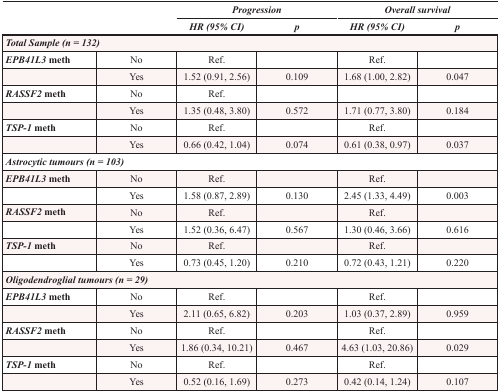
<table><thead><tr><td rowspan="2" colspan="2"></td><td colspan="2"><b><i>Progression</i></b></td><td colspan="2"><b><i>Overall survival</i></b></td></tr><tr><td><b><i>HR (95% CI)</i></b></td><td><b><i>p</i></b></td><td><b><i>HR (95% CI)</i></b></td><td><b><i>p</i></b></td></tr></thead><tbody><tr><td colspan="6"><b><i>Total Sample (n = 132)</i></b></td></tr><tr><td><b><i>EPB41L3</i> meth</b></td><td>No</td><td>Ref.</td><td></td><td>Ref.</td><td></td></tr><tr><td></td><td>Yes</td><td>1.52 (0.91, 2.56)</td><td>0.109</td><td>1.68 (1.00, 2.82)</td><td>0.047</td></tr><tr><td><b><i>RASSF2</i> meth</b></td><td>No</td><td>Ref.</td><td></td><td></td><td></td></tr><tr><td></td><td>Yes</td><td>1.35 (0.48, 3.80)</td><td>0.572</td><td>1.71 (0.77, 3.80)</td><td>0.184</td></tr><tr><td><b><i>TSP-1</i> meth</b></td><td>No</td><td>Ref.</td><td></td><td>Ref.</td><td></td></tr><tr><td></td><td>Yes</td><td>0.66 (0.42, 1.04)</td><td>0.074</td><td>0.61 (0.38, 0.97)</td><td>0.037</td></tr><tr><td colspan="6"><b><i>Astrocytic tumours (n = 103)</i></b></td></tr><tr><td><b><i>EPB41L3</i> meth</b></td><td>No</td><td>Ref.</td><td></td><td>Ref.</td><td></td></tr><tr><td></td><td>Yes</td><td>1.58 (0.87, 2.89)</td><td>0.130</td><td>2.45 (1.33, 4.49)</td><td>0.003</td></tr><tr><td><b><i>RASSF2</i> meth</b></td><td>No</td><td>Ref.</td><td></td><td>Ref.</td><td></td></tr><tr><td></td><td>Yes</td><td>1.52 (0.36, 6.47)</td><td>0.567</td><td>1.30 (0.46, 3.66)</td><td>0.616</td></tr><tr><td><b><i>TSP-1</i> meth</b></td><td>No</td><td>Ref.</td><td></td><td>Ref.</td><td></td></tr><tr><td></td><td>Yes</td><td>0.73 (0.45, 1.20)</td><td>0.210</td><td>0.72 (0.43, 1.21)</td><td>0.220</td></tr><tr><td colspan="6"><b><i>Oligodendroglial tumours (n = 29)</i></b></td></tr><tr><td><b><i>EPB41L3</i> meth</b></td><td>No</td><td>Ref.</td><td></td><td>Ref.</td><td></td></tr><tr><td></td><td>Yes</td><td>2.11 (0.65, 6.82)</td><td>0.203</td><td>1.03 (0.37, 2.89)</td><td>0.959</td></tr><tr><td><b><i>RASSF2</i> meth</b></td><td>No</td><td>Ref.</td><td></td><td>Ref.</td><td></td></tr><tr><td></td><td>Yes</td><td>1.86 (0.34, 10.21)</td><td>0.467</td><td>4.63 (1.03, 20.86)</td><td>0.029</td></tr><tr><td><b><i>TSP-1</i> meth</b></td><td>No</td><td>Ref.</td><td></td><td>Ref.</td><td></td></tr><tr><td></td><td>Yes</td><td>0.52 (0.16, 1.69)</td><td>0.273</td><td>0.42 (0.14, 1.24)</td><td>0.107</td></tr></tbody></table>